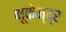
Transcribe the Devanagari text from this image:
भूकेन्द्र